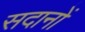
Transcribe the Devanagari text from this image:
सदानों